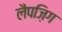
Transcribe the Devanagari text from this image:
लैपज़िग